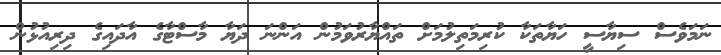
ނަމަވެސް ސިޔާސީ ހަޔާތަކާ ކުރިމަތިލުމަށް ތައްޔާރުވަމުން އަންނަ ދަޔާ މާސްޓާގެ އާދައިގެ ދިރިއުޅުން